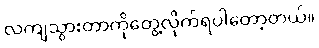
လဲကျသွားတာကိုတွေ့လိုက်ရပါတော့တယ်။